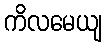
ကိလမေယျ